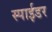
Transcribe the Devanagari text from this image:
स्पाईडर